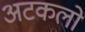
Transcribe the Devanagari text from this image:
अटकलो